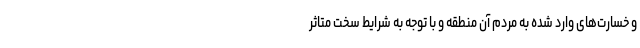
و خسارت‌های وارد شده به مردم آن منطقه و با توجه به شرایط سخت متاثر